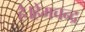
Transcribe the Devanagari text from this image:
है।हेमचन्द्र